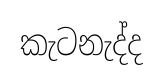
කැටනැද්ද